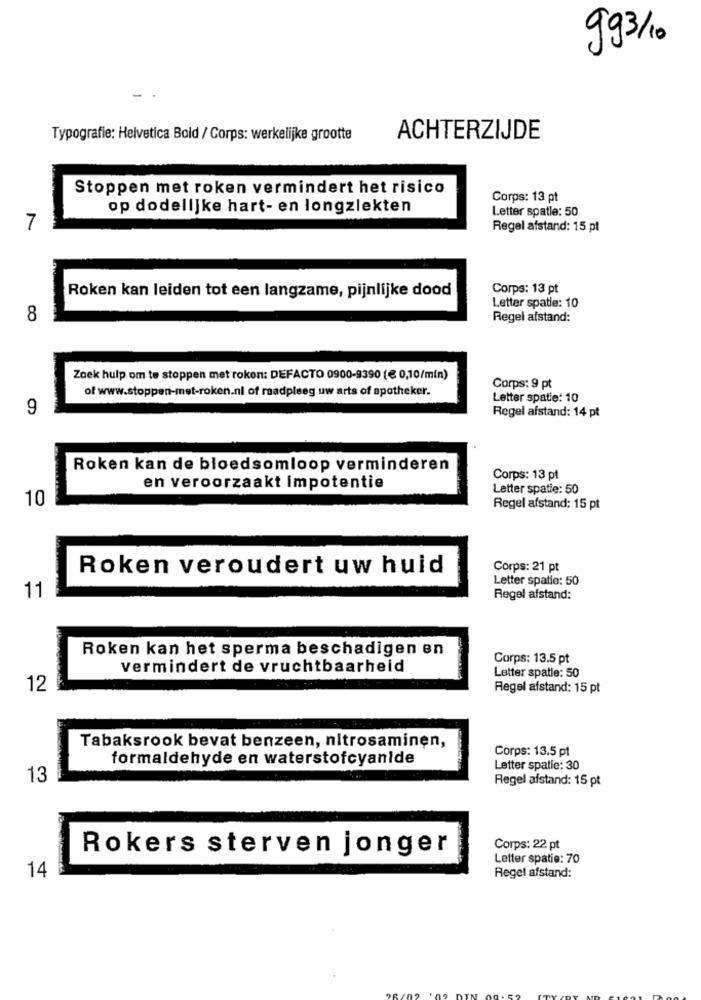
993/10
Typografie: Helvetica Bold / Corps: werkelijke grootte
ACHTERZIJDE
Stoppen met roken vermindert het risico
Corps: 13 pt
op dodelijke hart- en longziekten
Letter spatle: 50
7
Regel afstand: 15 pt
Corps: 13 pt
Roken kan leiden tot een langzame, pijnlijke dood
Letter spatie: 10
8
Regel afstand:
Zoek hulp om te stoppen met roken: DEFACTO 0900-9390 [€ 0,10/min)
of www.stoppen-met-roken.nl of raadpleeg uw arts of apotheker.
Corps: 9 pt
Letter spatie: 10
9
Regel afstand: 14 pt
Roken kan de bloedsomloop verminderen
Corps: 13 pt
en veroorzaakt Impotentie
Letter spatie: 50
10
Regel afstand: 15 pt
Roken veroudert uw huid
Corps: 21 pt
Letter spatio: 50
11
Regel afstand:
Roken kan het sperma beschadigen en
Corps: 13.5 pt
vermindert de vruchtbaarheid
Letter spatle: 50
12
Regel afstand: 15 pt
Tabaksrook bevat benzeen, nitrosaminen,
Corps: 13.5 pt
formaldehyde en waterstofcyanide
Letter spatie: 30
13
Regel afstand: 15 pt
Rokers sterven jonger
Corps: 22 pt
Letter spatie: 70
14
Regel afstand: